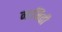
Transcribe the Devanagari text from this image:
नामिती